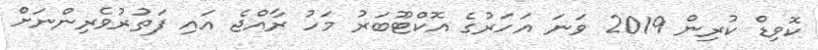
ކޮވިޑް ކުރިން 2019 ވަނަ އަހަރުގެ އޮކްޓޫބަރު މަހު ރާއްޖެ އައި ފަތުރުވެރިންނަށް